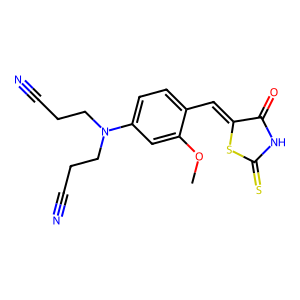
SMILES: COc1cc(N(CCC#N)CCC#N)ccc1C=C1SC(=S)NC1=O
Inhibits HIV replication: No